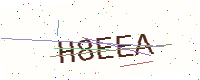
Text: H8EEA